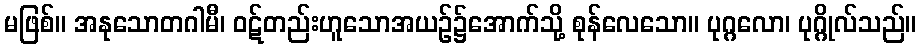
မဖြစ်။ အနုသောတဂါမီ၊ ဝဋ်တည်းဟူသောအယဉ်၌အောက်သို့ စုန်လေသော။ ပုဂ္ဂလော၊ ပုဂ္ဂိုလ်သည်။